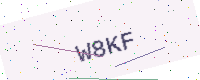
Text: W8KF